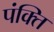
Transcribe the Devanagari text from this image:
पंक्‍ति